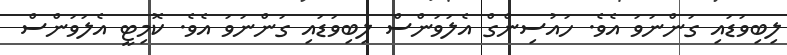
ލިބިވަޑައި ގަންނަވަ އެވެ. ހައުސިންގް އެލަވަންސް ލިބިވަޑައި ގަންނަވަ އެވެ. ކޮމިޓީ އެލަވަންސް